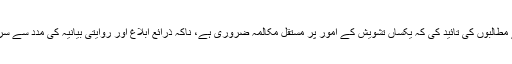
اُنھوں نے پاکستان کی جانب سے کیے جانے والے مطالبوں کی تائید کی کہ یکساں تشویش کے امور پر مستقل مکالمہ ضروری ہے، ناکہ ذرائع ابلاغ اور روایتی بیانیہ کی مدد سے سرکاری پالیسی پر عمل درآمد کی کوشش کی جائے۔